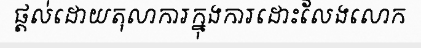
ផ្តល់ដោយតុលាការក្នុងការដោះលែងលោក